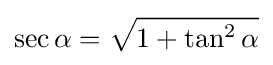
\sec \alpha ={\sqrt {1+\tan ^{2}\alpha }}